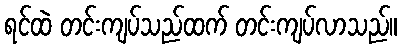
ရင်ထဲ တင်းကျပ်သည်ထက် တင်းကျပ်လာသည်။